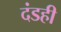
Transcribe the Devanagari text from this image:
दंडही